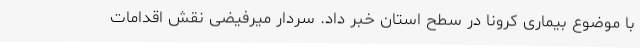
با موضوع بیماری کرونا در سطح استان خبر داد. سردار میرفیضی نقش اقدامات